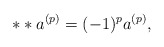
\begin{align*}* *a^{(p)} = (-1)^p a^{(p)},\end{align*}